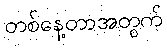
တစ်နေ့တာအတွက်